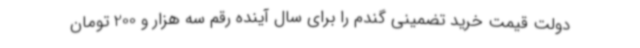
دولت قیمت خرید تضمینی گندم را برای سال آینده رقم سه هزار و 200 تومان